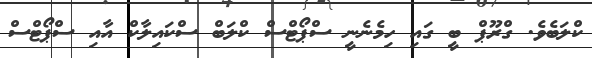
ކްލަބެވެ. ގްރޫޕް ބީ ގައި ހިމެނެނީ ސްޕޯޓްސް ކްލަބް ސްކައިލާކް އާއި ސްޕޯޓްސް